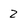
Character: 2